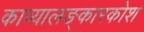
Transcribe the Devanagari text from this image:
काव्यालङ्कारकोश